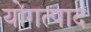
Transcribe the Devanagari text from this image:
योगत्पाद